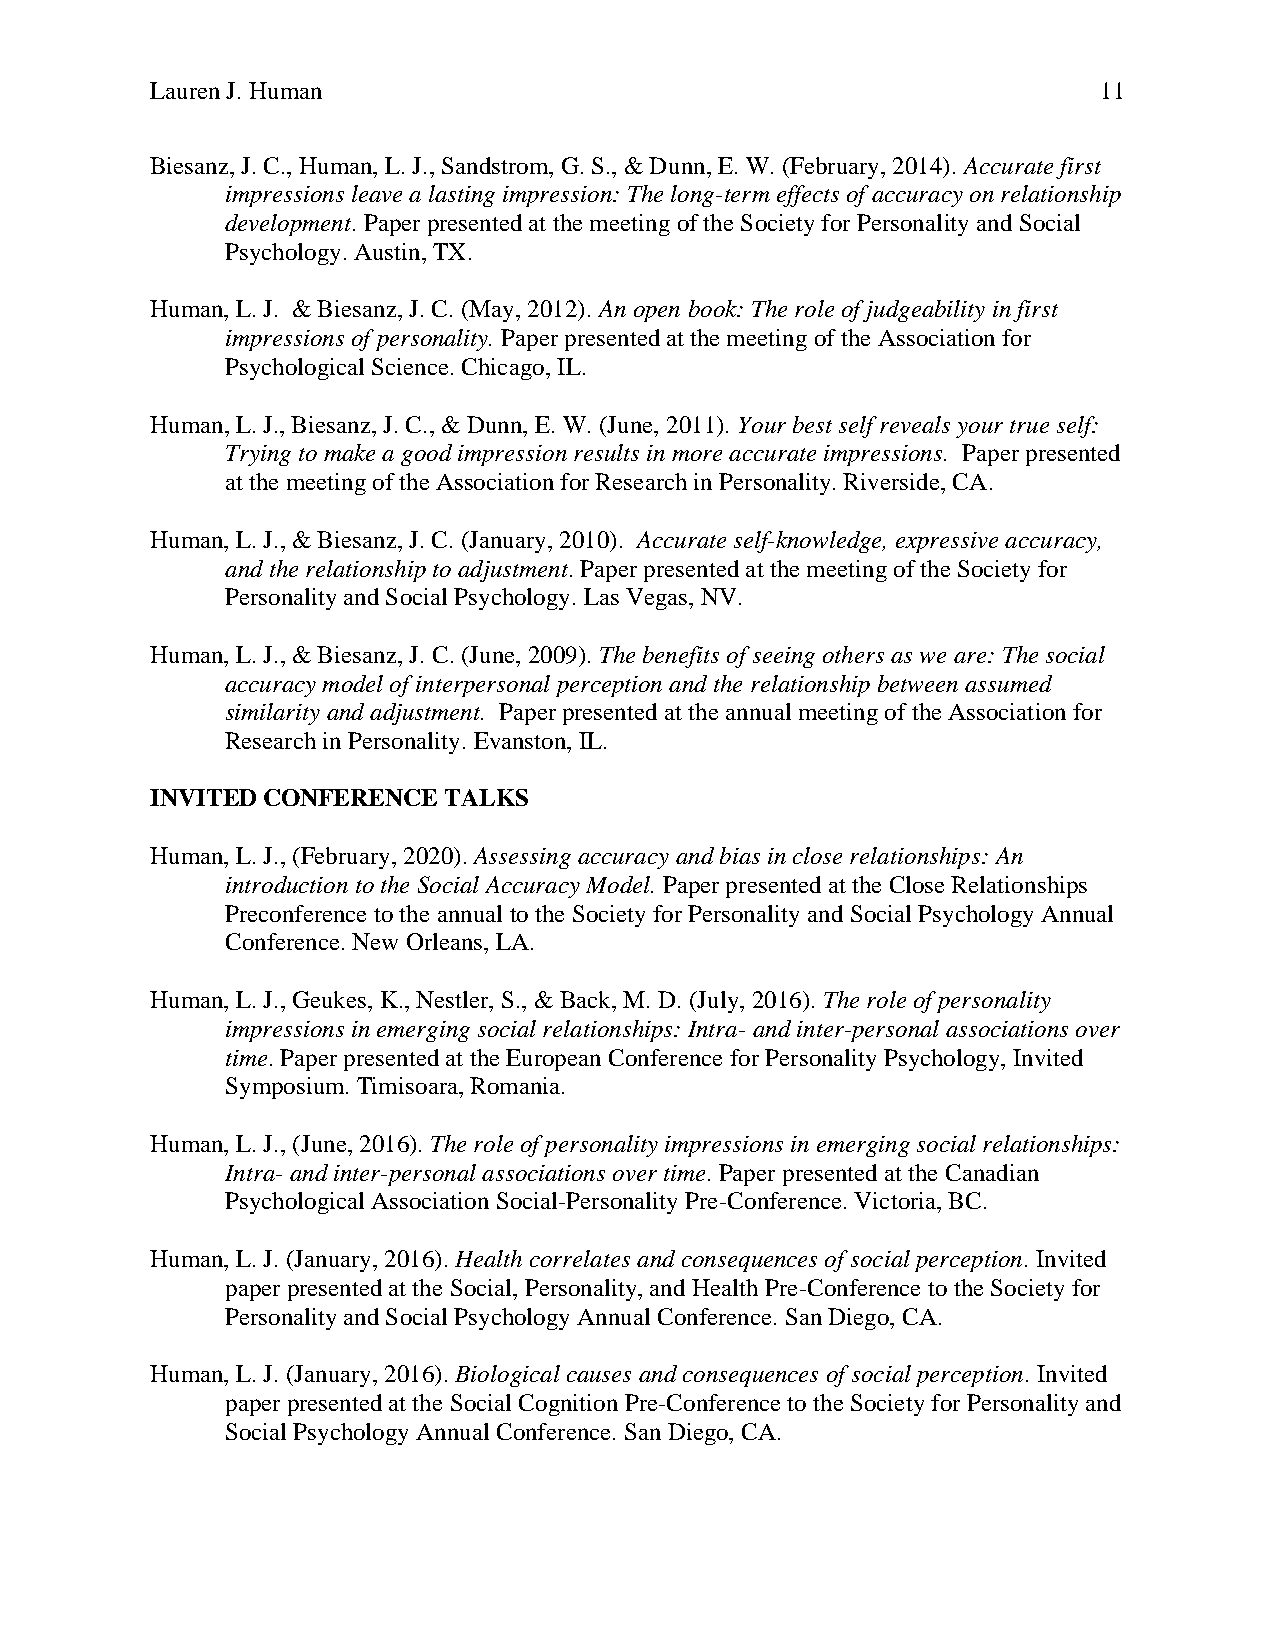
Lauren J. Human                                                11
 Biesanz, J. C., Human, L. J., Sandstrom, G. S., & Dunn, E. W. (February, 2014). Accurate first
 impressions leave a lasting impression: The long-term effects of accuracy on relationship
 development. Paper presented at the meeting of the Society for Personality and Social
 Psychology. Austin, TX.
 Human, L. J. & Biesanz, J. C. (May, 2012). An open book: The role of judgeability in first
 impressions of personality. Paper presented at the meeting of the Association for
 Psychological Science. Chicago, IL.
 Human, L. J., Biesanz, J. C., & Dunn, E. W. (June, 2011). Your best self reveals your true self:
 Trying to make a good impression results in more accurate impressions. Paper presented
 at the meeting of the Association for Research in Personality. Riverside, CA.
 Human, L. J., & Biesanz, J. C. (January, 2010). Accurate self-knowledge, expressive accuracy,
 and the relationship to adjustment. Paper presented at the meeting of the Society for
 Personality and Social Psychology. Las Vegas, NV.
 Human, L. J., & Biesanz, J. C. (June, 2009). The benefits of seeing others as we are: The social
 accuracy model of interpersonal perception and the relationship between assumed
 similarity and adjustment. Paper presented at the annual meeting of the Association for
 Research in Personality. Evanston, IL.
 INVITED CONFERENCE TALKS
 Human, L. J., (February, 2020). Assessing accuracy and bias in close relationships: An
 introduction to the Social Accuracy Model. Paper presented at the Close Relationships
 Preconference to the annual to the Society for Personality and Social Psychology Annual
 Conference. New Orleans, LA.
 Human, L. J., Geukes, K., Nestler, S., & Back, M. D. (July, 2016). The role of personality
 impressions in emerging social relationships: Intra- and inter-personal associations over
 time. Paper presented at the European Conference for Personality Psychology, Invited
 Symposium. Timisoara, Romania.
 Human, L. J., (June, 2016). The role of personality impressions in emerging social relationships:
 Intra- and inter-personal associations over time. Paper presented at the Canadian
 Psychological Association Social-Personality Pre-Conference. Victoria, BC.
 Human, L. J. (January, 2016). Health correlates and consequences of social perception. Invited
 paper presented at the Social, Personality, and Health Pre-Conference to the Society for
 Personality and Social Psychology Annual Conference. San Diego, CA.
 Human, L. J. (January, 2016). Biological causes and consequences of social perception. Invited
 paper presented at the Social Cognition Pre-Conference to the Society for Personality and
 Social Psychology Annual Conference. San Diego, CA.